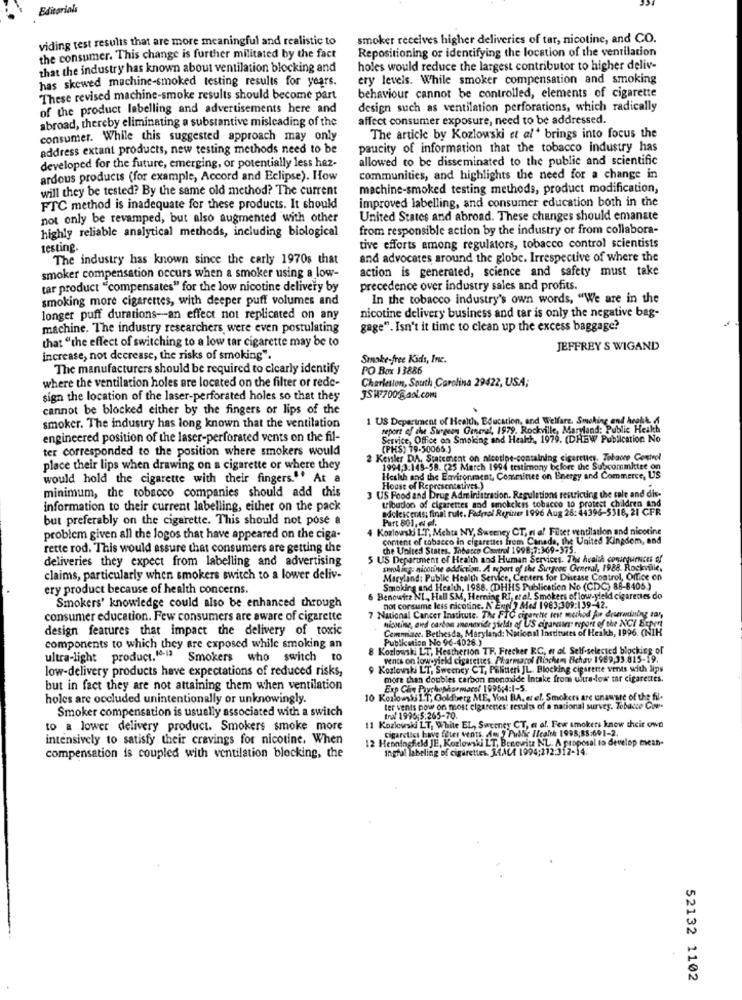
Editorials
viding test results that are more meaningful and realistic to
smoker receives higher deliveries of tar, nicotine, and CO.
Repositioning or identifying the location of the ventilation
the consumer. This change is further militated by the fact
that the industry has known about ventilation blocking and
holes would reduce the largest contributor to higher deliv-
has skewed machine-smoked testing results for years.
ery levels. While smoker compensation and smoking
behaviour cannot be controlled, elements of cigarette
These revised machine-smoke results should become part
of the product labelling and advertisements here and
design such as ventilation perforations, which radically
abroad, thereby eliminating a substantive misleading of the
affect consumer exposure, need to be addressed.
consumer. While this suggested approach may only
The article by Kozlowski et al brings into focus the
address extant products, new testing methods need to be
paucity of information that the tobacco industry has
allowed to be disseminated to the public and scientific
developed for the future, emerging, or potentially less haz-
ardous products (for example, Accord and Eclipse). How
communities, and highlights the need for a change in
will they be tested? By the same old method? The current
machine-smoked testing methods, product modification,
improved labelling, and consumer education both in the
FTC method is inadequate for these products. It should
not only be revamped, but also augmented with other
United States and abroad. These changes should emanate
highly reliable analytical methods, including biological
from responsible action by the industry or from collabora-
testing.
tive efforts among regulators, tobacco control scientists
The industry has known since the early 1970s that
and advocates around the globe. Irrespective of where the
action is generated, science and safety must take
smoker compensation occurs when a smoker using a low-
tar product "compensates" for the low nicotine delivery by
precedence over industry sales and profits.
smoking more cigarettes, with deeper puff volumes and
In the tobacco industry's own words, "We are in the
nicotine delivery business and tar is only the negative bag-
longer puff durations -- an effect not replicated on any
machine. The industry researchers were even postulating
gage". Isn't it time to clean up the excess baggage?
that "the effect of switching to a low tar cigarette may be to
JEFFREY S WIGAND
increase, not decrease, the risks of smoking".
Smoke-free Kids, Inc.
The manufacturers should be required to clearly identify
PO Box 13886
where the ventilation holes are located on the filter or rede-
Charleston, South Carolina 29422, USA;
sign the location of the laser-perforated holes so that they
JSW7700@aol.com
cannot be blocked either by the fingers or lips of the
1 US Department of Health, Education, and Welfare. Sme
smoker. The industry has long known that the ventilation
report of the Surgeon General, 1979. Rockville, Maryland: Public Health
engineered position of the laser-perforated vents on the fil-
Service, Office on Smoking and Health, 1979. (DHBW Publication No
ter corresponded to the position where smokers would
(PHS) 19-50065)
2 Kenker DA, Statement on nicotine-containing cigarettes. Tobaone Control
place their lips when drawing on a cigarette or where they
1994,3.149-58. (25 March 1994 testimony before the Subcommittee on
would hold the cigarette with their fingers."" At a
Heskh and the Environment, Committee on Energy and Commerce, US
3 US Food and Drug Administration. Regulations restricting the tale and dis-
House of Representatives.)
minimum, the tobacco companies should add this
information to their current labelling, either on the pack
adolescents; final rule. Fedrol Reiner 1996 Aug 26:44396-5318, 21 CFR
tloudon of cigarettes and smokekis tobacco to protect children and
but preferably on the cigarette. This should not pose a
Part 801, et al.
4 Koslowski I.T, Mehta NY, Sweeney CT, ni al. Filset ventilation and nicotine
problem given all the logos that have appeared on the ciga-
content of tobacco in cigarettes from Canada, the United Kingdom, and
rette rod. This would assure that consumers are getting the
che United States, Tobacco Control 1998-7:369-375.
deliveries they expect from labelling and advertising
5 US Department of Health and Human Services. The health consequences of
smoking: nicotine addiction. A report of the Surgeon General, 1988. Rockville,
claims, particularly when smokers switch to a lower deliv-
Maryland: Public Health Service, Centers for Disease Control, Office on
ery product because of health concerns.
Smoking and Health, 1988. (DHHS Publication No (CDC) 88-8405.)
Benowitz NI ,, Hall SM, Herning RI, et al. Smokers of low-yield cigarettes do
Smokers' knowledge could also be enhanced through
7 National Cancer Institute. The FTC cigarette test method je dreerwinbyg zar,
not consume less nicotine. N'Enel ? Med 1983,309:139-42.
consumer education. Few consumers are aware of cigarette
design features that impact the delivery of toxic
icoting, and carbon mnonavide yields of US cirannan report of the NCI Bicport
ional Insdt
t of Heakh, 1996. (NIH
Publikation No 96-4028.)
Cemaniace. Bethesda, Maryland: N
components to which they are exposed while smoking an
8 Kozlowski LT, Heatherion TF. Frecher RC, # al. Self-selected blocking of
ultra-light product."-" Smokers who switch to
vencs on low yield cigarettes. Pharmacol Biochem Fichav 1969,33.815-19.
low-delivery products have expectations of reduced risks,
9 Koslowski LT, Sweeney CT, Palitteri JL. Blocking cigarene vents with lips
more than doubles carbon monoxide Intake from ultra-low tar cigarettes.
but in fact they are not attaining them when ventilation
armacol 1995:4:1-5
holes are occluded unintentionally or unknowingly.
10 Kozlowski L.T, Goldberg ME, You BA. er el. Smokers are unaware of the fil.
Smoker compensation is usually associated with a switch
ter vents now on most cigarettes: results of a national survey. Tobacco Cow-
tral 1996;5:265-70.
to a lower delivery product. Smokers smoke more
11 Kozlowski LT, White EL, Sweeney CT, a of. Few smokers know their own
cigaretict have fêtes vents Am ) Public I/cale 1998;88:691-3.
intensively to satisfy their cravings for nicotine. When
12 Henningfeld JE, Kozlowski LT, Bc
ingful labeling of cigarettes. 24AC4 1994;272:312-14.
WLT Benewitz NL. A proposal to develop mean-
compensation is coupled with ventilation blocking, the
52132 1102